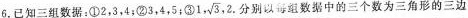
6.已知三组数据：①2，3，4；②3，4，5；③1, \sqrt{3},2.分别以每组数据中的三个数为三角形的三边